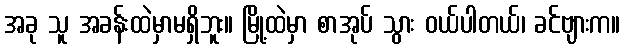
အခု သူ အခန်းထဲမှာမရှိဘူး။ မြို့ထဲမှာ စာအုပ် သွား ဝယ်ပါတယ်၊ ခင်ဗျားက။